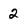
Character: 2